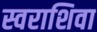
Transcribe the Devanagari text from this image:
स्वराशिवा